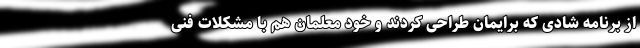
از برنامه شادی که برایمان طراحی کردند و خود معلمان هم با مشکلات فنی